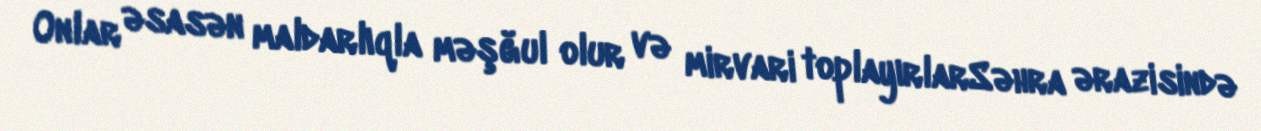
Onlar əsasən maldarlıqla məşğul olur və mirvari toplayırlarSəhra ərazisində